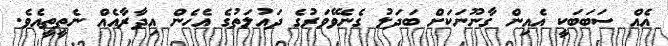
އެއް ސަބަބަކީ އެއިން ގާނޫނަކަށް ބަދަލު ގެނެވޭވަރުގެ ދައުލަތުގެ އެހެން އިދާރާއެއް ނެތީތީއެވެ.